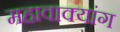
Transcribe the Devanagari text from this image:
महावाक्यांग